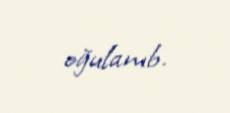
oğulanıb.